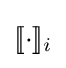
[\![\cdot ]\!]_{i}